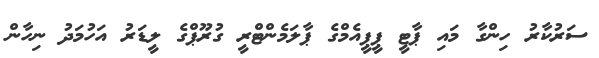
ސަރުކާރު ހިންގާ މައި ޕާޓީ ޕީޕީއެމްގެ ޕާލަމެންޓްރީ ގުރޫޕްގެ ލީޑަރު އަހުމަދު ނިހާން